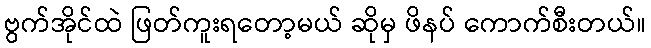
ဗွက်အိုင်ထဲ ဖြတ်ကူးရတော့မယ် ဆိုမှ ဖိနပ် ကောက်စီးတယ်။